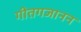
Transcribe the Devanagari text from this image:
गीतगजानन